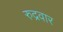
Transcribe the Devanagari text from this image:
रुद्रवार